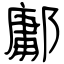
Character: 鄘